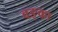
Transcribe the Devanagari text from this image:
वङ्का